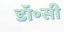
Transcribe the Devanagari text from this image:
डॉ॰सी